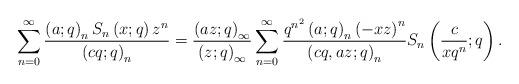
LaTeX: \begin{align*}\sum_{n=0}^{\infty}\frac{\left(a;q\right)_{n}S_{n}\left(x;q\right)z^{n}}{\left(cq;q\right)_{n}}=\frac{\left(az;q\right)_{\infty}}{\left(z;q\right)_{\infty}}\sum_{n=0}^{\infty}\frac{q^{n^{2}}\left(a;q\right)_{n}\left(-xz\right)^{n}}{\left(cq,az;q\right)_{n}}S_{n}\left(\frac{c}{xq^{n}};q\right).\end{align*}